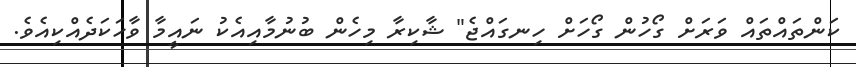
ކަންތައްތައް ވަރަށް ގޯހުން ގޯހަށް ހިނގައްޖެ" ޝާކިރާ މިހެން ބުނުމާއިއެކު ނައީމާ ވާހަކަދެއްކިއެވެ.